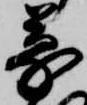
蒙